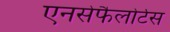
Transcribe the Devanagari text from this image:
एनसेफैलोर्टस